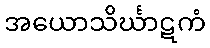
အယောသိင်္ဃာဋကံ